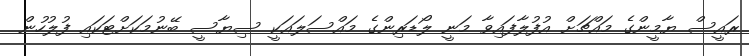
ރައީސް ޔާމީންގެ މައްޗަށް އުފުލާފައިވާ މަނީ ލޯޑަރިންގެ މައްސަލައަކީ ސިޔާސީ ބޭނުމަކަށްޓަކައި ފުލުހުން